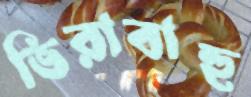
ভিরাবাহু